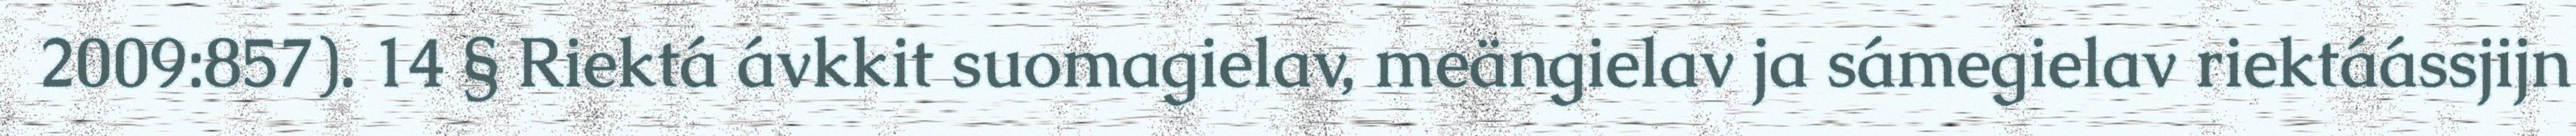
2009:857). 14 § Riektá ávkkit suomagielav, meängielav ja sámegielav riektáássjijn